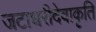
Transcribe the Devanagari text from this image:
जटाधरीदेवाकृति